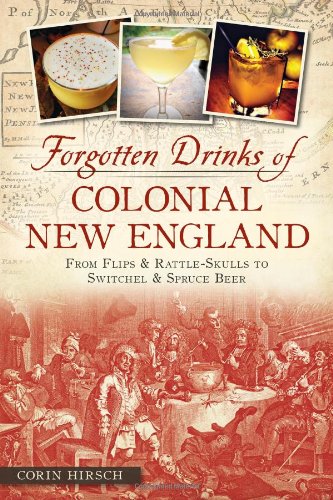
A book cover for Forgotten Drinks of Colonial New England:: From Flips and Rattle-Skulls to Switchel and Spruce Beer (American Palate); Corin Hirsch; Cookbooks, Food & Wine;